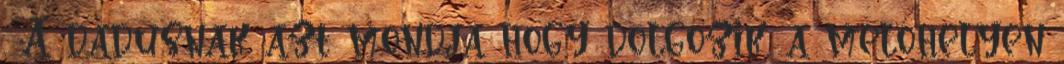
. A dadusnak azt mondja hogy dolgozik, a melóhelyen